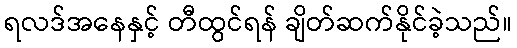
ရလဒ်အနေနှင့် တီထွင်ရန် ချိတ်ဆက်နိုင်ခဲ့သည်။